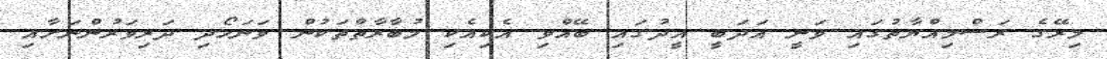
މިރޭގެ ރަސްމިއްޔާތުގައި ވަނީ އަދަބީ އީދުގައި ބޭއްވި އެކިއެކި މުބާރާތްތަކުން ވަނަހޯދި ދަރިވަރުންނަށާއި